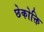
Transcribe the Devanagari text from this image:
छेकोक्ति